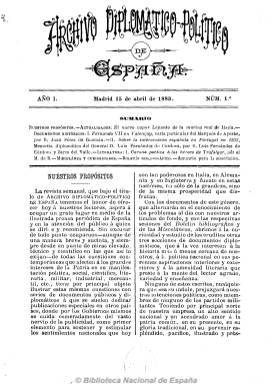
Título: Archivo diplomático-político de España
Otros títulos: Archivo diplomático político de España
Colección: Relaciones internacionales
Ámbito geográfico: Madrid
Lugar de publicación: Madrid
Fechas: 15/04/1883-29/12/1883

El “Archivo diplomático-político de España”, publicado desde 1883 hasta 1892 con tres cabeceras distintas, es un semanario que aborda los temas de la diplomacia y las relaciones internacionales sin adscribirse a ninguna tendencia política y que se encuadra dentro del bloque de la prensa especializada que tanto prolifera en la segunda mitad del XIX. Cada número presenta diferentes secciones como: el boletín bibliográfico, la sección documental, la sección diplomática y consular o la sección de literatura.

Esta publicación también se creó con el propósito de difundir contenidos que estimularan el sentimiento nacional en nuestro país de un modo parecido al que se hacía en otras naciones europeas (Italia, Alemania) más identificadas tradicionalmente con los nacionalismos decimonónicos.